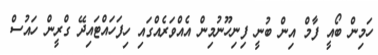
ހަމިން ބޯއީ ފާމް އިން ބުނީ ފިނިހޫނުމިން އެއްވަރެއްގައި ހިފަހައްޓައިދޭ ގްރީން ހައުސް